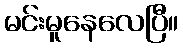
မင်းမူနေလေပြီ။